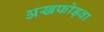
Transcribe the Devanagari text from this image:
अखफोड़वा